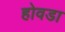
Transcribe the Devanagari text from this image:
होवडा